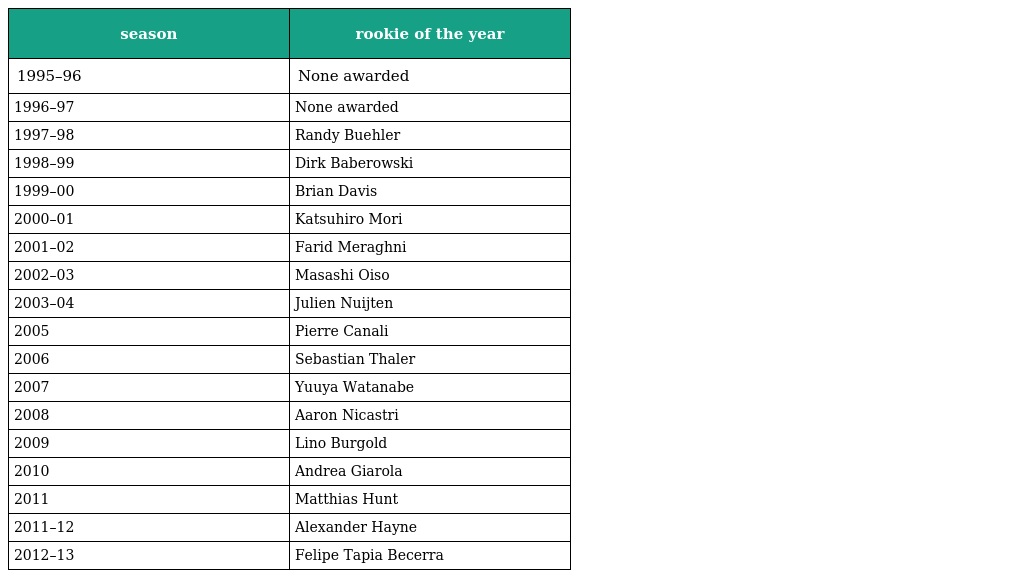
| season | rookie of the year |
 | --- | --- |
 | 1995–96 | None awarded |
 | 1996–97 | None awarded |
 | 1997–98 | Randy Buehler |
 | 1998–99 | Dirk Baberowski |
 | 1999–00 | Brian Davis |
 | 2000–01 | Katsuhiro Mori |
 | 2001–02 | Farid Meraghni |
 | 2002–03 | Masashi Oiso |
 | 2003–04 | Julien Nuijten |
 | 2005 | Pierre Canali |
 | 2006 | Sebastian Thaler |
 | 2007 | Yuuya Watanabe |
 | 2008 | Aaron Nicastri |
 | 2009 | Lino Burgold |
 | 2010 | Andrea Giarola |
 | 2011 | Matthias Hunt |
 | 2011–12 | Alexander Hayne |
 | 2012–13 | Felipe Tapia Becerra |